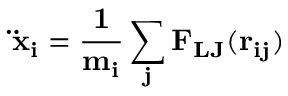
\bf \ddot { x } _ { i } = \frac { 1 } { m _ { i } } \sum _ { j } F _ { L J } ( \bf r _ { i j } )